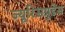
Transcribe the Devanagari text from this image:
ज्यूरिसप्रुडेंस